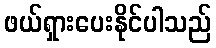
ဖယ်ရှားပေးနိုင်ပါသည်